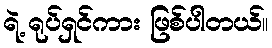
ရဲ့ ရုပ်ရှင်ကား ဖြစ်ပါတယ်။